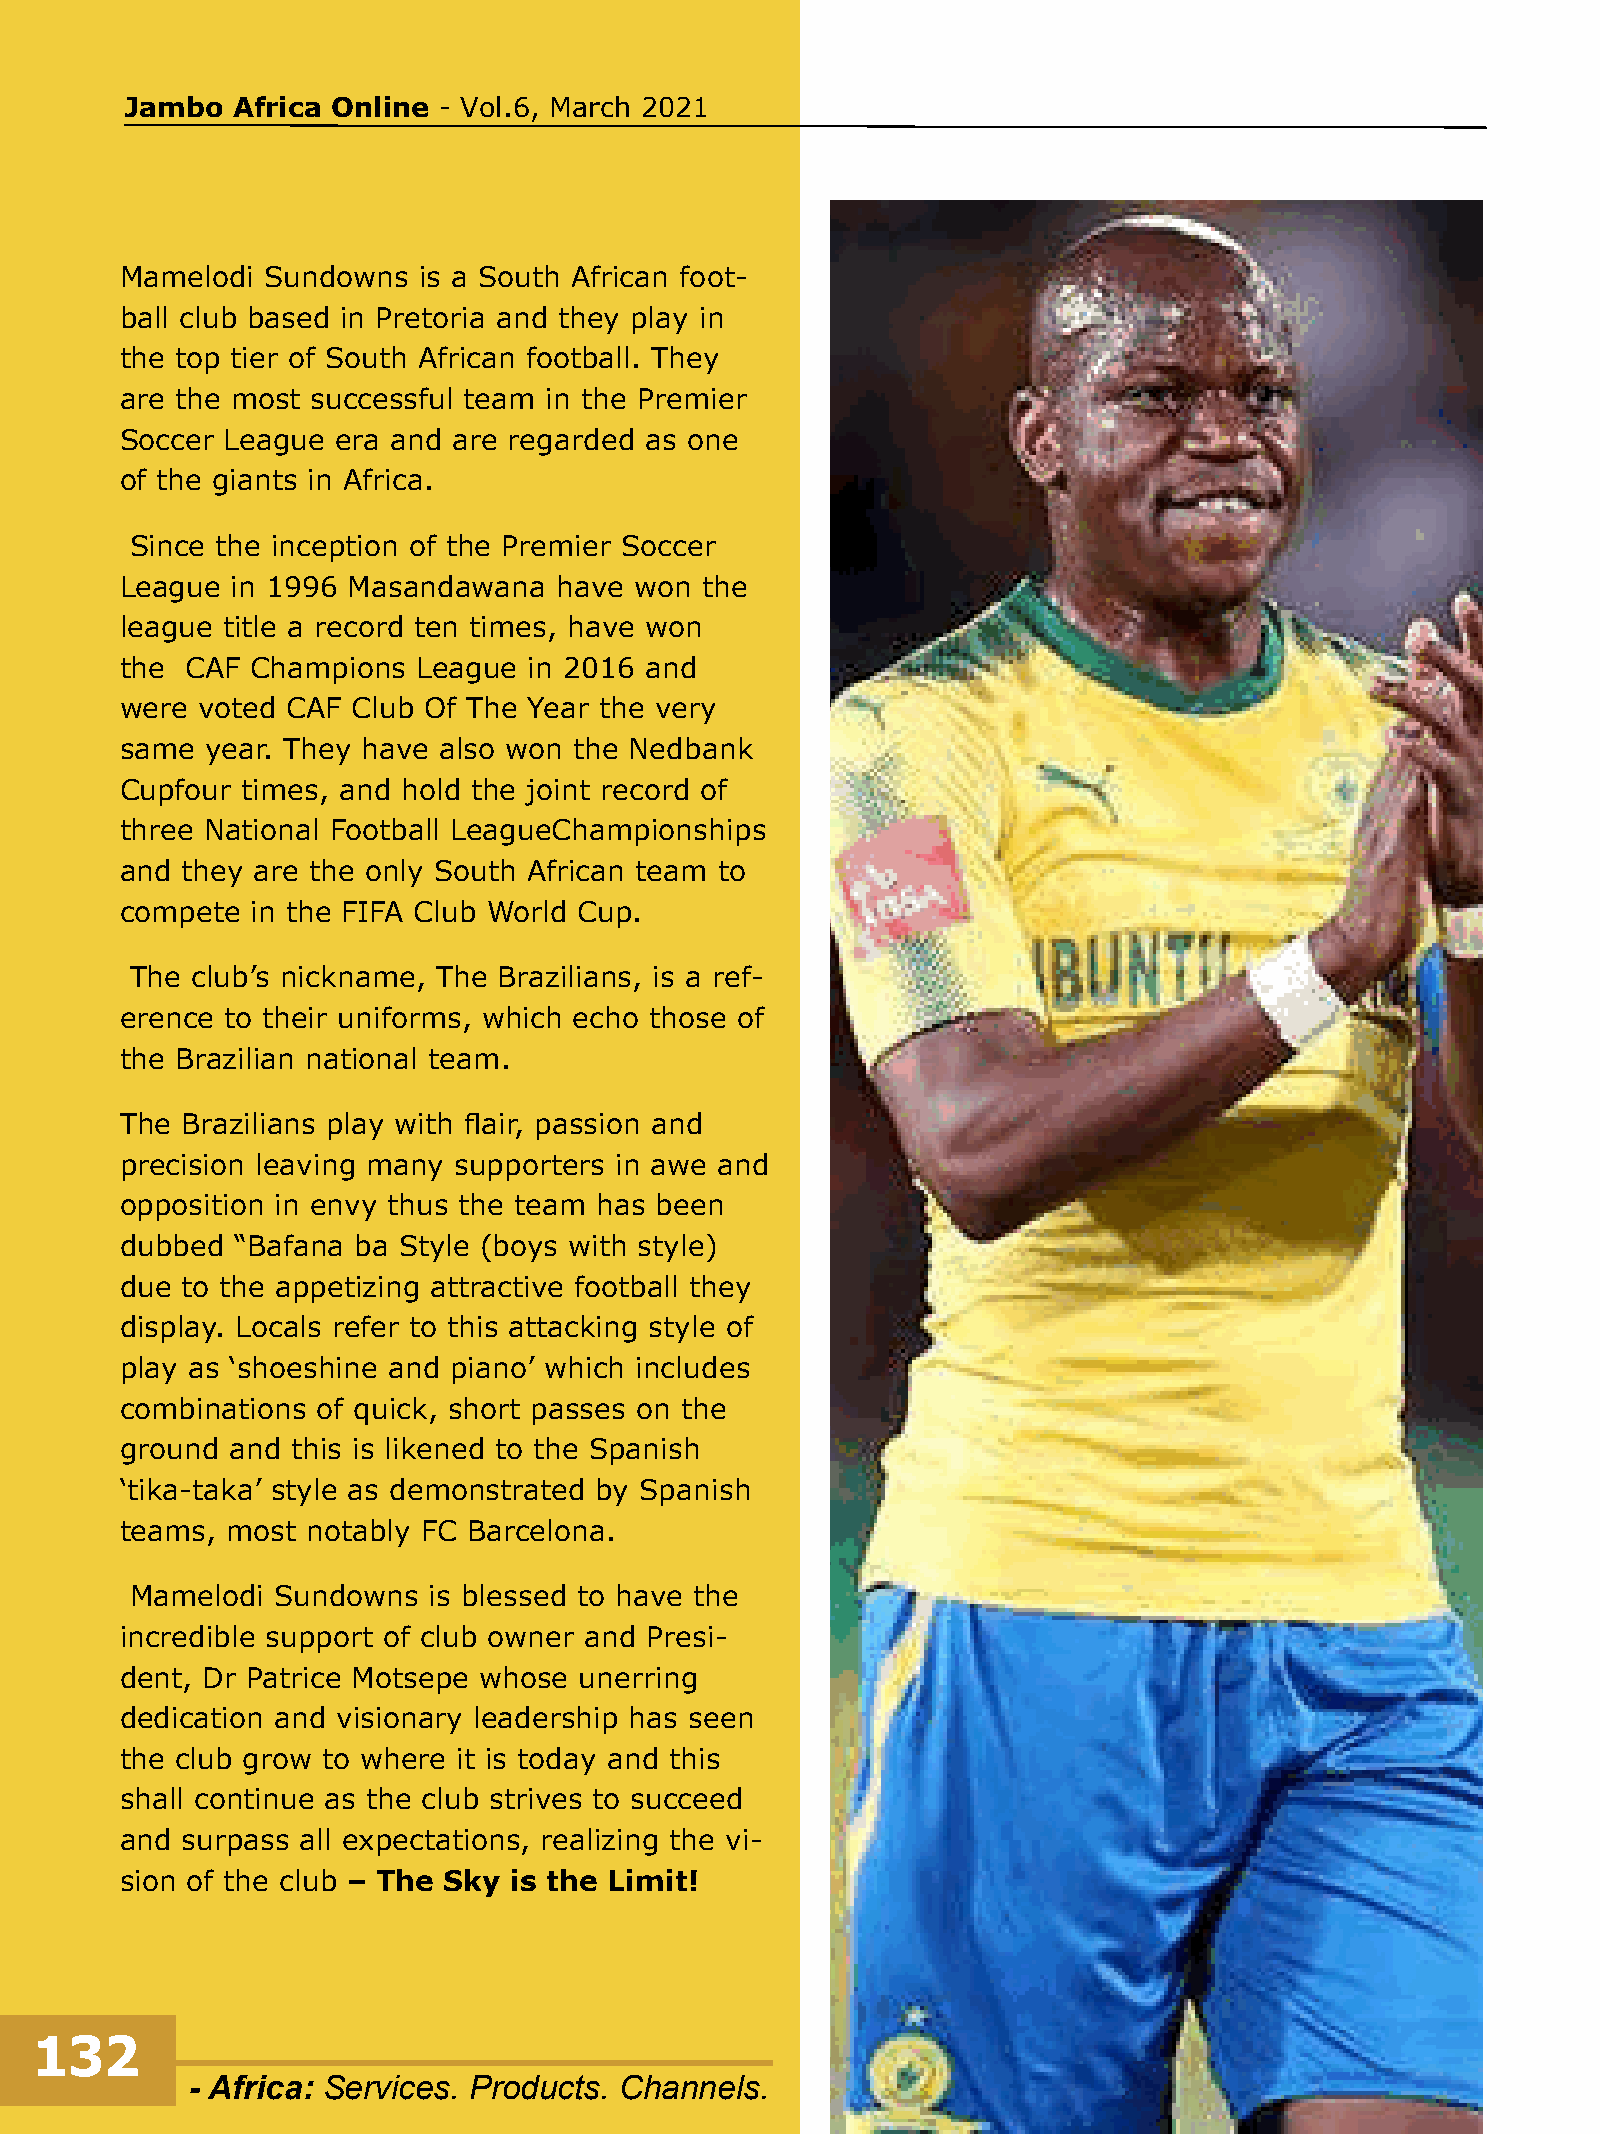
Jambo  Africa Online - Vol.6, March 2021
 Mamelodi  Sundowns  is a South African foot-
 ball club based in Pretoria and they play in
 the top tier of South African football. They
 are the most successful team in the Premier
 Soccer League era and are regarded as one
 of the giants in Africa.
 Since the inception of the Premier Soccer
 League in 1996 Masandawana   have won the
 league title a record ten times, have won
 the CAF  Champions  League in 2016 and
 were voted CAF Club Of The Year the very
 same  year. They have also won the Nedbank
 Cupfour times, and hold the joint record of
 three National Football LeagueChampionships
 and they are the only South African team to
 compete  in the FIFA Club World Cup.
 The club’s nickname, The Brazilians, is a ref-
 erence to their uniforms, which echo those of
 the Brazilian national team.
 The Brazilians play with flair, passion and
 precision leaving many supporters in awe and
 opposition in envy thus the team has been
 dubbed  “Bafana ba Style (boys with style)
 due to the appetizing attractive football they
 display. Locals refer to this attacking style of
 play as ‘shoeshine and piano’ which includes
 combinations of quick, short passes on the
 ground and this is likened to the Spanish
 ‘tika-taka’ style as demonstrated by Spanish
 teams, most notably FC Barcelona.
 Mamelodi Sundowns  is blessed to have the
 incredible support of club owner and Presi-
 dent, Dr Patrice Motsepe whose unerring
 dedication and visionary leadership has seen
 the club grow to where it is today and this
 shall continue as the club strives to succeed
 and surpass all expectations, realizing the vi-
 sion of the club – The Sky is the Limit!
 132
 - Africa: Services. Products. Channels.